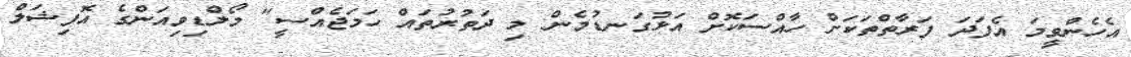
އެހެންވީމަ އެފަދަ ފަރާތްތަކަށް ހާއްސަކޮށް އަޅުގަނޑުމެން މި ދަތުރުތައް ހަމަޖެއްސީ" މޯލްޑިވިއަންގެ އޮފިޝަލް